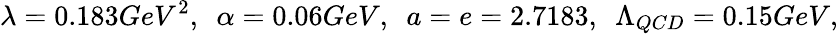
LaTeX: {\lambda=0.183GeV^{2},~~\alpha=0.06GeV,~~a=e=2.7183,~~\Lambda_{QCD}=0.15GeV},